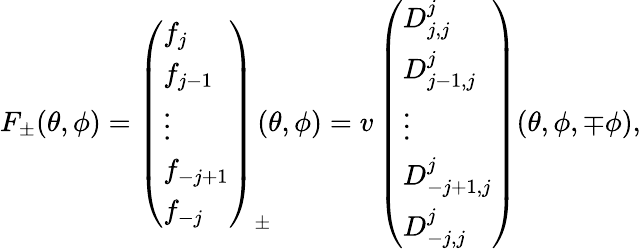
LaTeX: F_{\pm}(\theta,\phi)=\left(\begin{array}{l}{{f_{j}}}\\ {{f_{j-1}}}\\ {{\vdots}}\\ {{f_{-j+1}}}\\ {{f_{-j}}}\end{array}\right)_{\pm}\! \! \! (\theta,\phi)=v\left(\begin{array}{l}{{D_{j,j}^{j}}}\\ {{D_{j-1,j}^{j}}}\\ {{\vdots}}\\ {{D_{-j+1,j}^{j}}}\\ {{D_{-j,j}^{j}}}\end{array}\right)(\theta,\phi,\mp\phi),